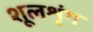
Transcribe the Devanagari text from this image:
शूलशृंग